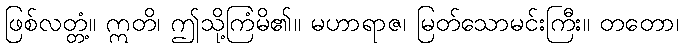
ဖြစ်လတ္တံ့။ ဣတိ၊ ဤသို့ကြံမိ၏။ မဟာရာဇ၊ မြတ်သောမင်းကြီး။ တတော၊